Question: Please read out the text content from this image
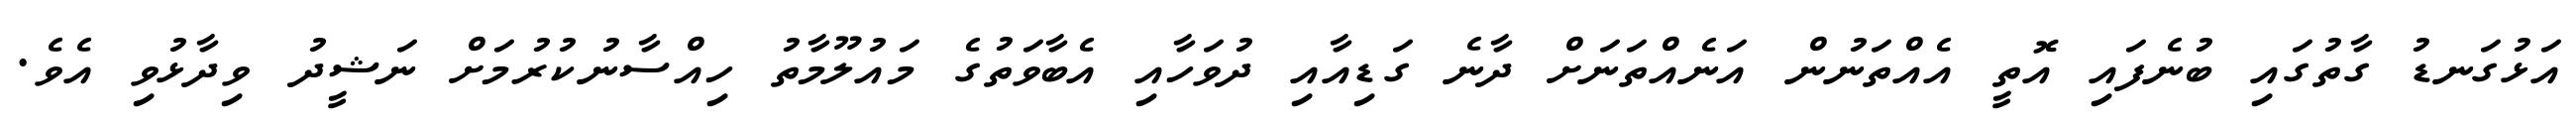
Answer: އަޅުގަނޑު ގާތުގައި ބުނެފައި އޮތީ އެއްތަނުން އަނެއްތަނަށް ދާނެ ގަޑިއާއި ދުވަހާއި އެބާވަތުގެ މައުލޫމާތު ހިއްސާނުކުރުމަށް ނަޝީދު ވިދާޅުވި އެވެ.